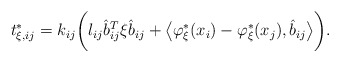
\begin{align*}t^*_{\xi, ij}&= k_{ij} \bigg(l_{ij} \hat{b}_{ij}^T \xi \hat{b}_{ij} + \big\langle \varphi^*_\xi(x_i) - \varphi^*_\xi(x_j), \hat{b}_{ij}\big\rangle\bigg).\end{align*}